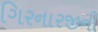
ગિરનારજીની